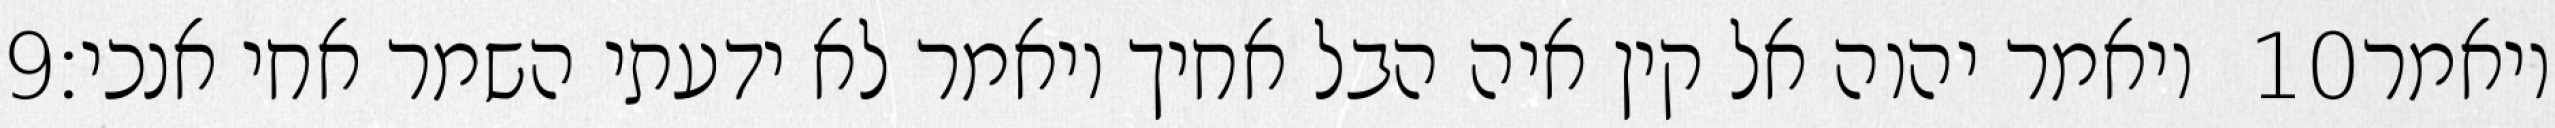
‎9‏ ויאמר יהוה אל קין איה הבל אחיך ויאמר לא ידעתי השמר אחי אנכי׃ ‎10‏ ויאמר